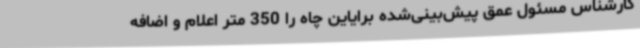
کارشناس مسئول عمق پیش‌بینی‌شده برایاین چاه را 350 متر اعلام و اضافه